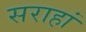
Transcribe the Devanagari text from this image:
सराहां